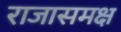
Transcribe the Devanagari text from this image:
राजासमक्ष